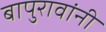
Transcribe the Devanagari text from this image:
बापुरावांनी